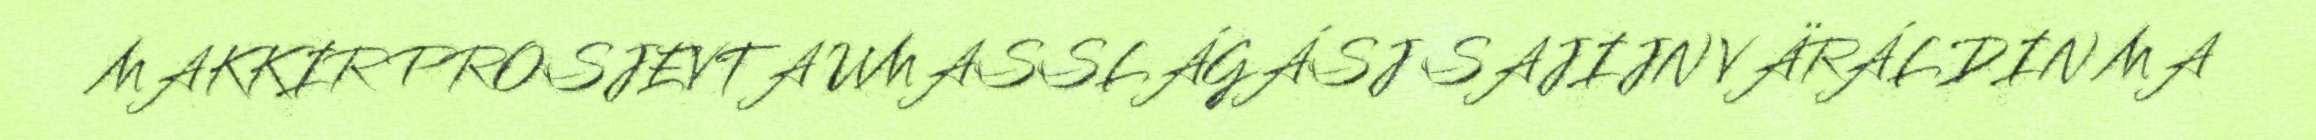
MAKKIR PROSJEVTA UMASSLÁGÁSJ SAJIJN VÄRÁLDIN MA